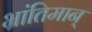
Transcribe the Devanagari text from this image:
भ्रांतिमान्